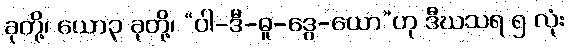
ခုတို့၊ ယော၃ ခုတို့၊ “ဝါ-ဒီ-ဓူ-ဒွေ-ယော”ဟု ဒီဃသရ ၅ လုံး